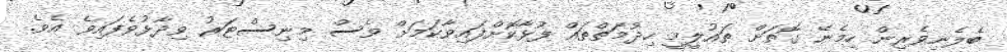
ބެލެނިވެރިން ހިމެނޭ ގޮތަށް ތައުލީމީ ހިދުމަތްތައް ފުޅާކޮށްފައިވާކަމަށް ވެސް މިނިސްޓަރު ވިދާޅުވެފައިވެ އެވެ.